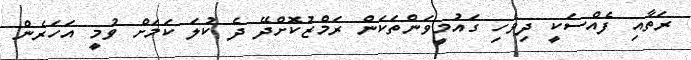
ރަތާއި ފެއްސަކީ ދިވެހި ގައުމީވަންތަކަން ރަމްޒުކޮށްދޭ ދެ ކުލަ ކަމަށް ވުމީ އަހަރެން